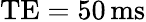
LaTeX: \mathrm{TE}=50\, \mathrm{ms}